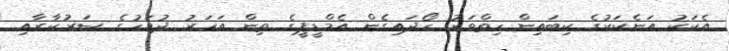
އެކަކު އަނެކަކުގެ ކިބައިން ހިތްވަރު ހޯދައިގެން އެމްޑީޕީގެ ތިން އަހަރު ދުވަހުގެ ސަރުކާރާއި